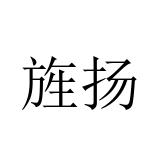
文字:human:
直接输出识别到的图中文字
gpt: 旌扬